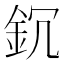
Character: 䤟